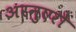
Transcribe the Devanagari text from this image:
अरनुएरो